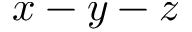
x - y - z